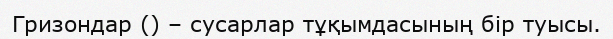
Гризондар () – сусарлар тұқымдасының бір туысы.